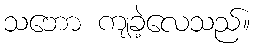
သဘော ကျခဲ့လေသည်။